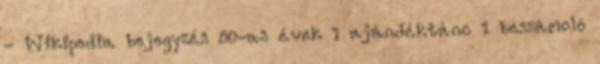
- Wikipedia bejegyzés 80-as évek 1 ajándéktánc 1 beszámoló